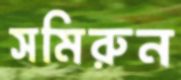
সমিরুন